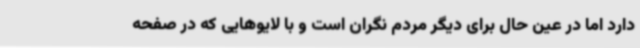
دارد اما در عین حال برای دیگر مردم نگران است و با لایوهایی که در صفحه